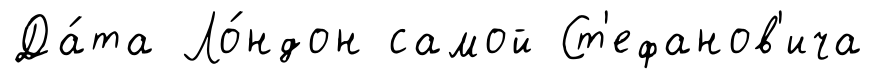
Да́та Ло́ндон самой Ст'ефанов'ича